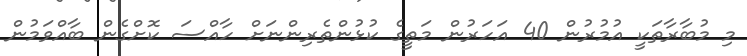
މި މުބާރާތަކީ އުމުރުން 40 އަހަރުން މަތީގެ ކުޅުންތެރިންނަށް ހާއްސަ ކޮށްގެން ބާއްވަމުން